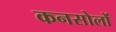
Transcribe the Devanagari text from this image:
कनसोलों